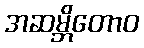
အဆမ္ဘိတောဝ